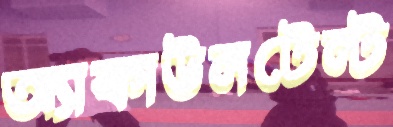
অ্যাকাউনটেন্ট